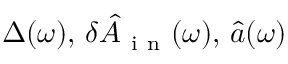
\Delta ( \omega ) , \, \delta \hat { A } _ { \mathrm { ~ i ~ n ~ } } ( \omega ) , \, \hat { a } ( \omega )